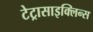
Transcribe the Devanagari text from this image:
टेट्रासाइक्लिन्स